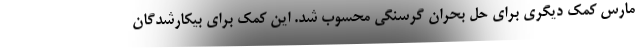
مارس کمک دیگری برای حل بحران گرسنگی محسوب شد. این کمک برای بیکارشدگان